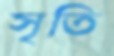
সৃতি